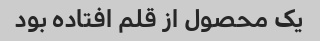
یک محصول از قلم افتاده بود